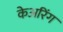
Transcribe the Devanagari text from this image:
केअरिंग